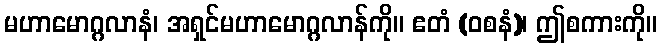
မဟာမောဂ္ဂလာနံ၊ အရှင်မဟာမောဂ္ဂလာန်ကို။ ဧတံ (ဝစနံ)၊ ဤစကားကို။